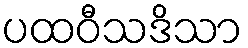
ပထဝီသဒိသာ